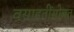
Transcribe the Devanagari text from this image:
वसाहतींसोबत